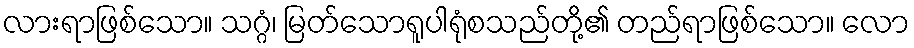
လားရာဖြစ်သော။ သဂ္ဂံ၊ မြတ်သောရူပါရုံစသည်တို့၏ တည်ရာဖြစ်သော။ လော